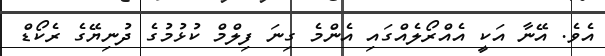
އެވެ. އޭނާ އަކީ އެއްރޯލެއްގައި އެންމެ ގިނަ ފިލްމް ކުޅުމުގެ ދުނިޔޭގެ ރެކޯޑް